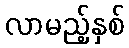
လာမည့်နှစ်